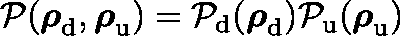
\mathcal { P } ( \boldsymbol { \mathbf { \rho } } _ { \mathrm { d } } , \boldsymbol { \mathbf { \rho } } _ { \mathrm { u } } ) = \mathcal { P } _ { \mathrm { d } } ( \boldsymbol { \mathbf { \rho } } _ { \mathrm { d } } ) \mathcal { P } _ { \mathrm { u } } ( \boldsymbol { \mathbf { \rho } } _ { \mathrm { u } } )